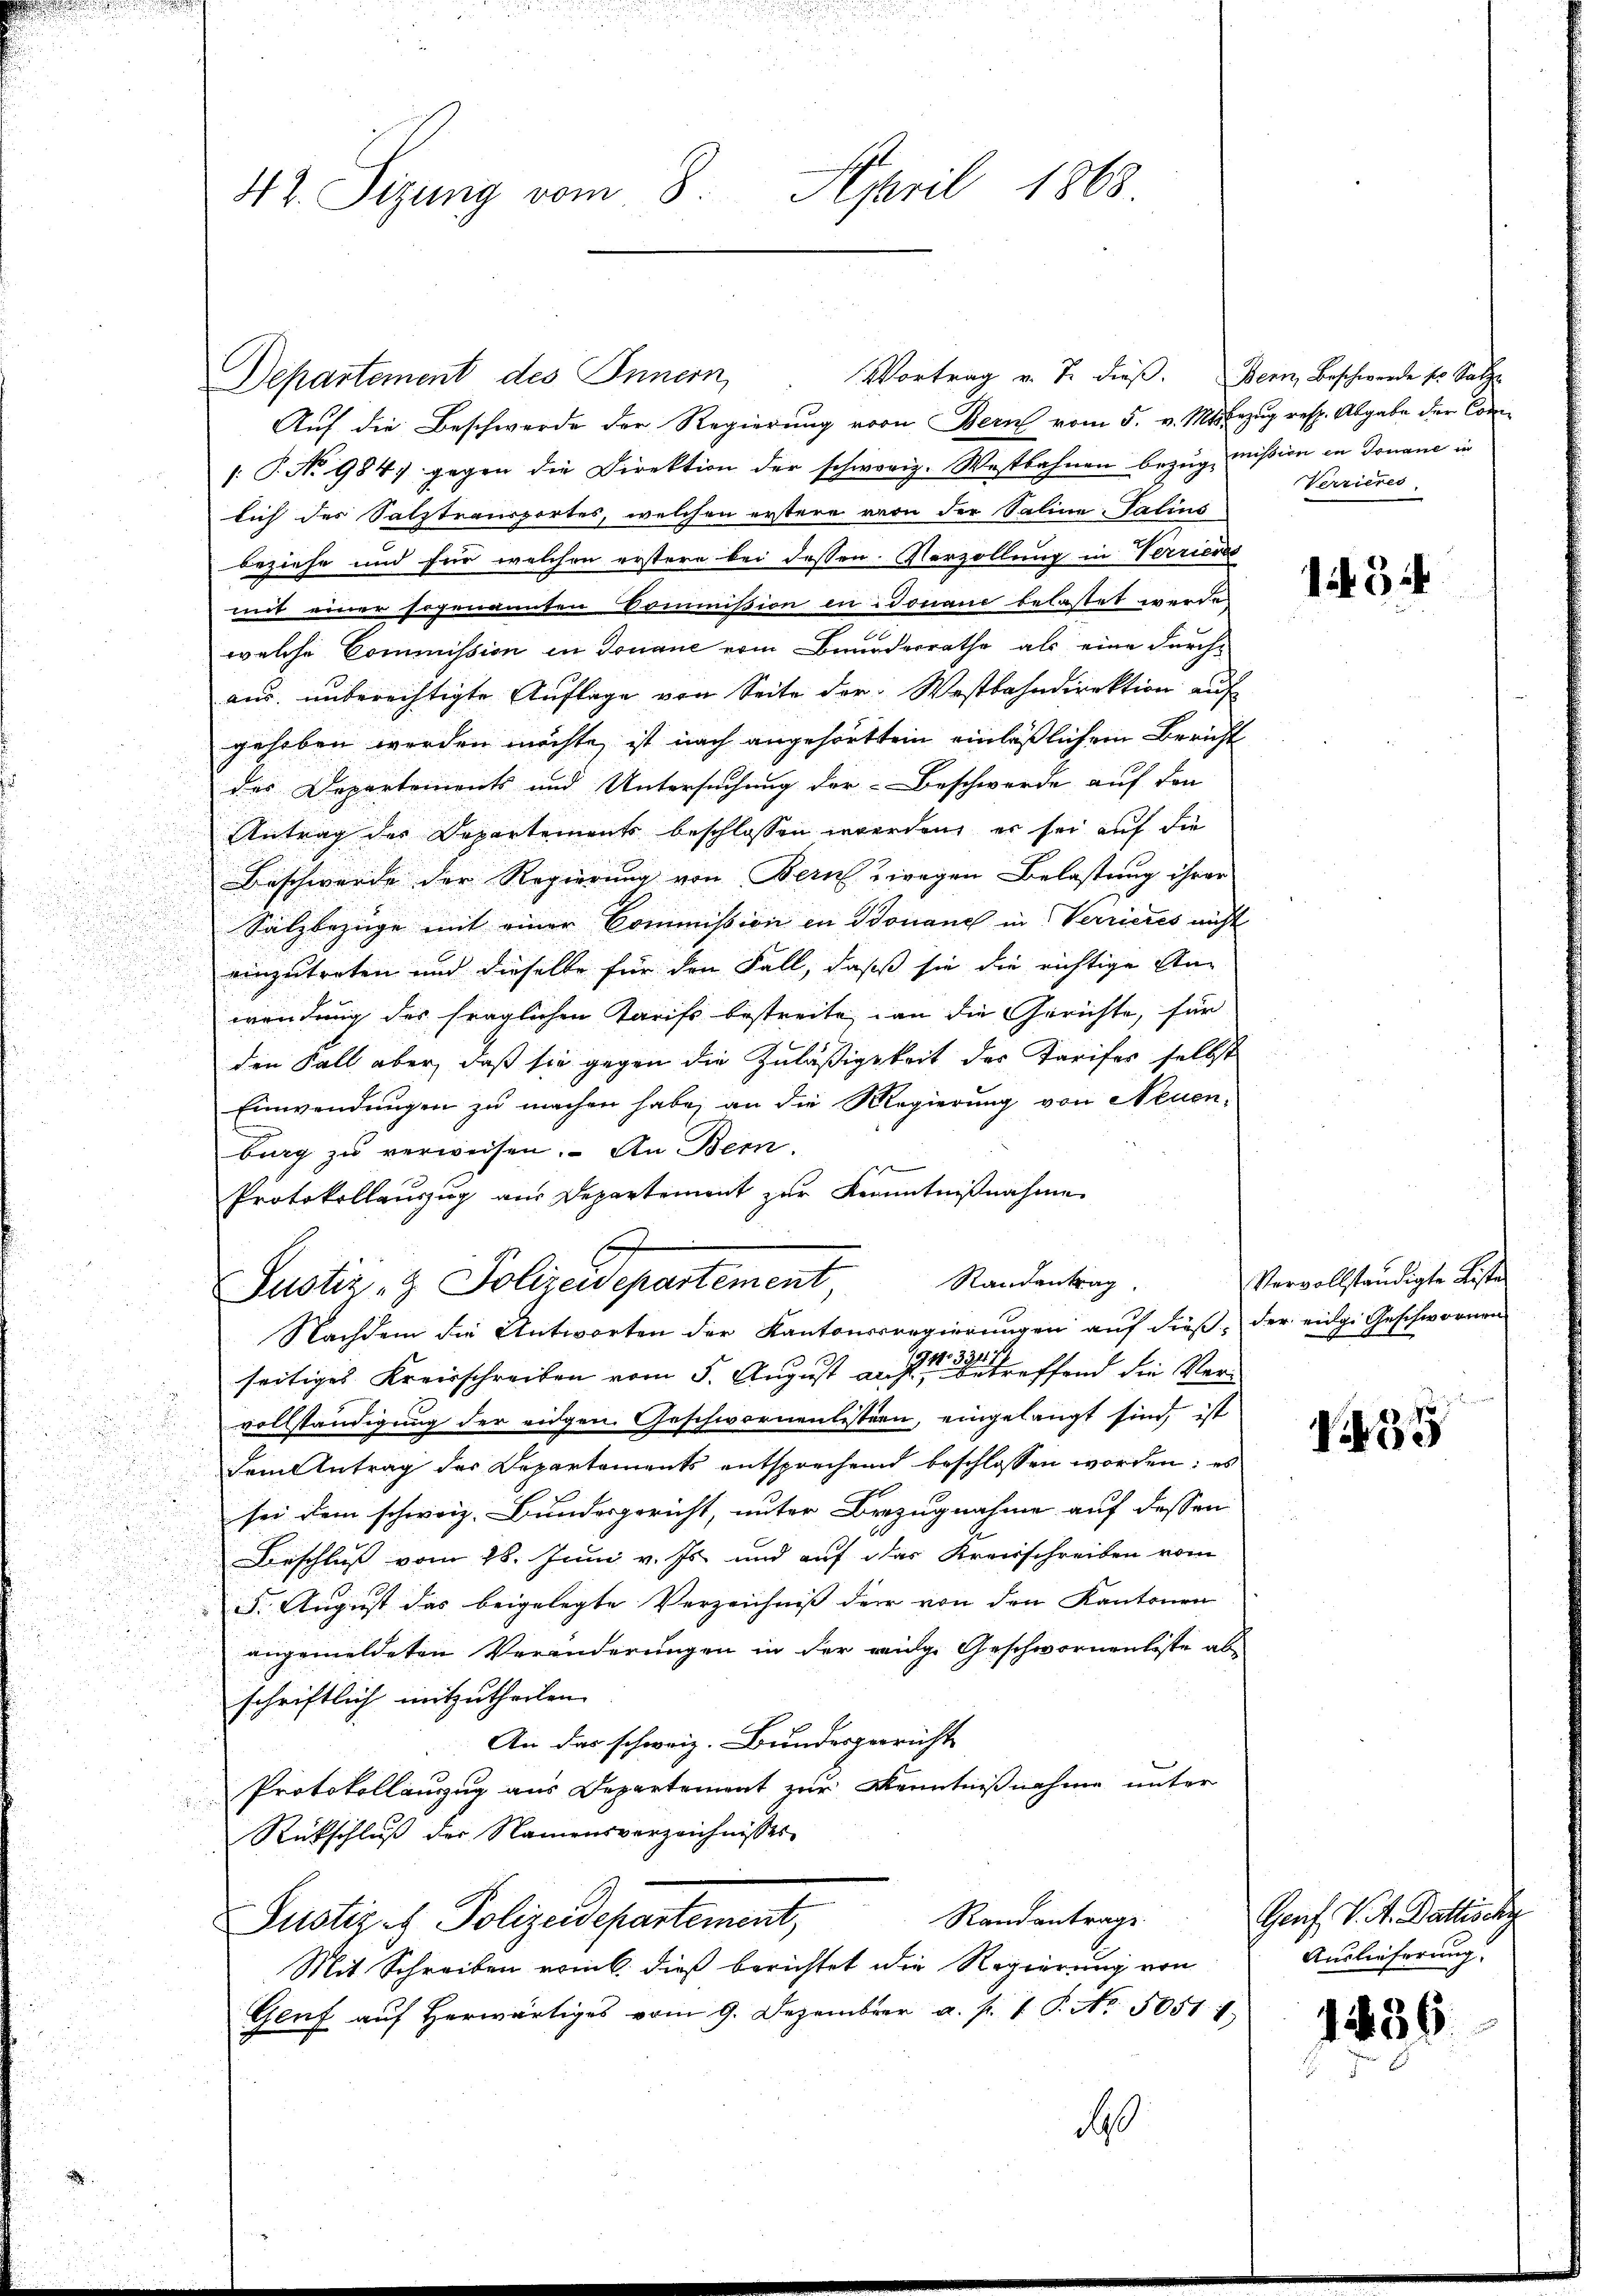
Vortrag v. J. dieß. Bern, Beschwerde sr. Satz
Departement des Innern,
Auf die Beschwerde der Regierung von Bern vom 5. v. Ms. bezug resp. Abgabe der Com¬
: P. No 9847 gegen die Direktion der schwerig. Westbahnen bezug mission in donane in
lich des Salztransportes, welchen erstere von der Saline Talius
beziehe und für welchen erstere bei dessen Vorzollung in Terrieres
mit einer sogenannten Commißion in Donaue belastet werde,
welche Commission in Donaue vom Bunderrathe als eine durch-
aus unberechtigte Auflage von Seite der Wostbahndirektion auf
gehoben werden möchte, ist nach angeforttem einläßlichem Bericht
des Departements und Untersuchung der Beschwerde auf den
Antrag der Departements beschlossen werden, er sei auf die
Beschwerde der Regierung von Beruf zwegen Belastung ihrer
Salzbezüge mit einer Commission in Bonaue in Verrieres nicht

einzutreten und dieselbe für den Fall, daß sie die richtige An-

wendung des fraglichen Tarifs bestreite, an die Gerichte, für
den Fall aber, daß sie gegen die Zuläßigkeit des Tarifer selbst
Einwendungen zu machen habe, an die Regierung von Neuenburg zu verweisen. An Bern.
f
Protokollauszug aus Departement zur Kenntnißnahme
Randantrag.
Justiz & Polizeidepartement,
Nachdem die Antworten der Kantonsregierungen auf dieß, der eidg. Geschwornen
seitiges Kreisschreiben vom 5. August auf den Betreffend die Vervollständigung der eidgen. Geschwornenlistern, eingelangt sind, ist
e
u
dem Antrag des Departements entsprechend beschlossen worden; es
sei dem schweiz. Bundesgericht, unter Bezugnahme auf dessen
Beschluß vom 28. Juni v. Js. und auf das Kreisschreiben vom
.
F. August das beigelegte Verzeichniss der von den Kantonen
angemeldeten Veränderungen in der weidge Geschwornenliste al
schriftlich mitzutheilen.
An das schweiz. Bundesgericht
Protokollauszug aus Departement zur Kenntnißnahme unter

Rückschluß der Namensverzeichnisses
Randantrage
Justiz- & Polizeidepartement,
Mit Schreiben vom dieß berichtet die Regierung von
Genf auf herwärtiges vom 9. Dezember a. p. 1 P. No. 50511
10

u

42. Sizung vom 8. April 1868

Verrieres

i 31

Vervollständigte Liste

35

Genf, V. K. Battisch
Auslieferung

1436.